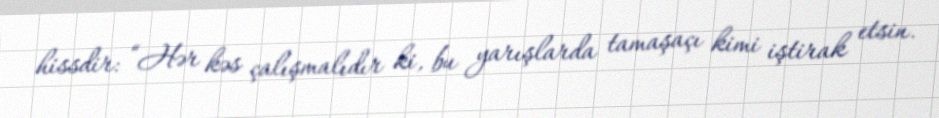
hissdir: “Hər kəs çalışmalıdır ki, bu yarışlarda tamaşaçı kimi iştirak etsin.